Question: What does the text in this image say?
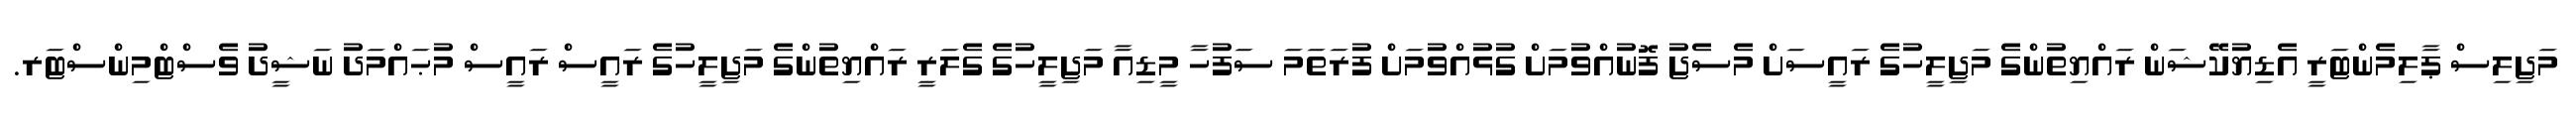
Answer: މަޖިލިސް ޕާލިމެންޓަރީ އެޑިޔުކޭޝަން ރައްޔިތުންގެ މަޖިލީހުގެ ރައީސަށް މެސެޖު ފޮނުއްވުމަށް ގުޅުއްވުމަށް ފުރަތަމަ ސަފުހާ މީޑިއާ މަޖިލީހުގެ ގެލަރީ ރައްޔިތުންގެ މަޖިލީހުގެ ރައީސް ރައީސް މުޙައްމަދު ނަޝީދު ވެސްޓްމިންސްޓަރ.